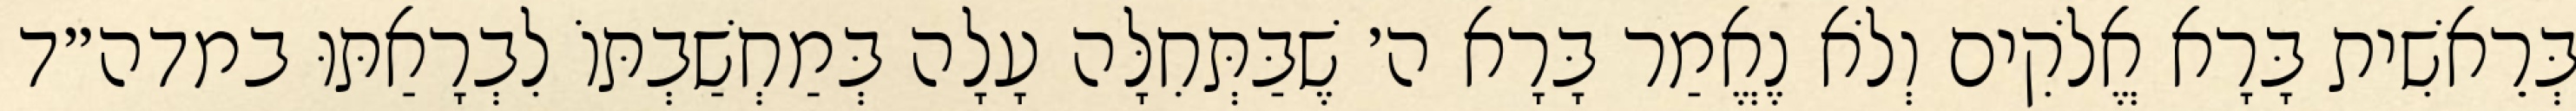
בְּרֵאשִׁית בָּרָא אֱלֹקִים וְלֹא נֶאֱמַר בָּרָא ה׳ שֶׁבַּתְּחִלָּה עָלָה בְּמַחְשַׁבְתּוֹ לִבְרָאַתּוּ במדה״ד